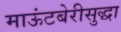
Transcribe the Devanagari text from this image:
माऊंटबेरीसुद्धा